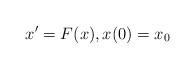
LaTeX: \begin{align*} x' =F(x), x(0)=x_0\end{align*}